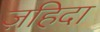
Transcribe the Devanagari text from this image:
ज़हिदा